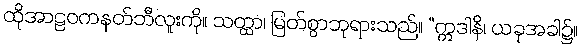
ထိုအာဠဝကနတ်ဘီလူးကို။ သတ္ထာ၊ မြတ်စွာဘုရားသည်။ “ဣဒါနိ၊ ယခုအခါ၌။